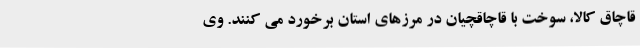
قاچاق کالا، سوخت با قاچاقچیان در مرزهای استان برخورد می کنند. وی